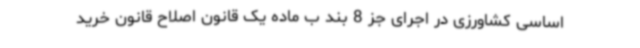
اساسی کشاورزی در اجرای جز 8 بند ب ماده یک قانون اصلاح قانون خرید